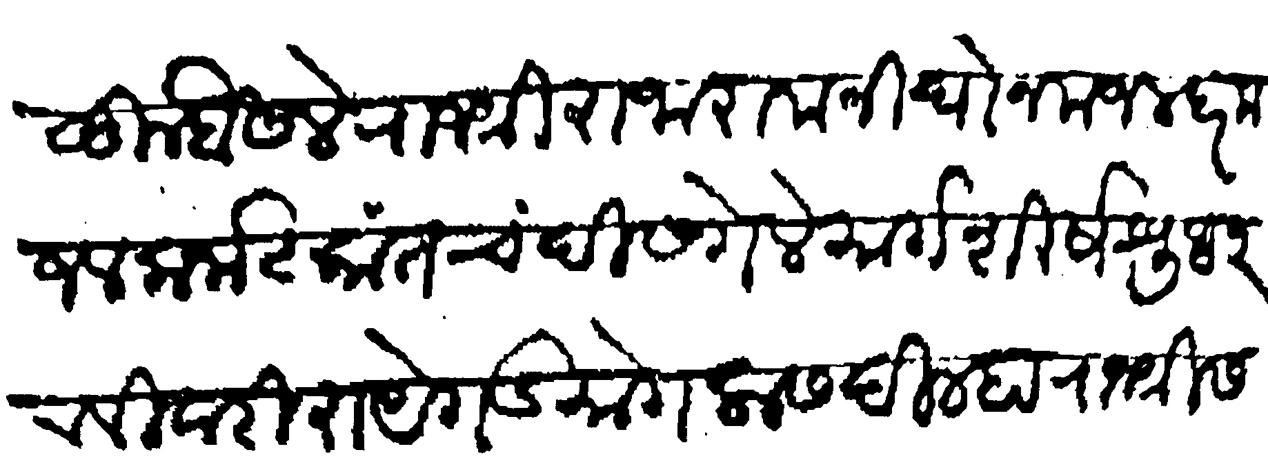
Transliteration (Devanagari): कुन बैसले राजश्री राजाराम निघोन मजल दर मजल कर्नाटकांत चंदीस गेले मार्गशीर्ष शुध २ रविवारी रायेगड मोगलास दिल्हा राजश्री संभाजी